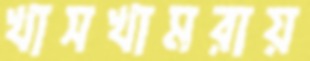
খাসখামরায়